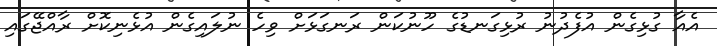
އެއާ ގުޅިގެން އުފެދުނު ރުޅިގަނޑުގެ ހޫނުކަން ރަނގަޅަށް ވިހެ ނުލައިގެން އުޅެނިކޮށް ރާއްޖޭގައި